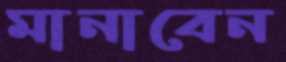
মানাবেন